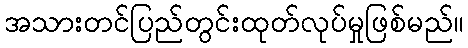
အသားတင်ပြည်တွင်းထုတ်လုပ်မှုဖြစ်မည်။